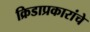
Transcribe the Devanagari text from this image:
क्रिडाप्रकारांचे